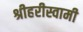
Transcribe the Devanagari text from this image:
श्रीहरीस्वामी